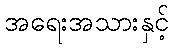
အရေးအသားနှင့်